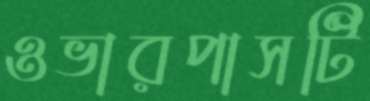
ওভারপাসটি